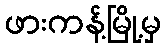
ဖားကန့်မြို့မှ